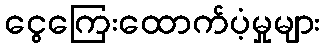
ငွေကြေးထောက်ပံ့မှုများ